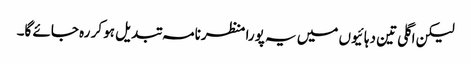
لیکن اگلی تین دہائیوں میں یہ پورا منظرنامہ تبدیل ہو کر رہ جائے گا۔